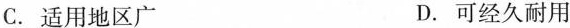
C.适用地区广 D.可经久耐用